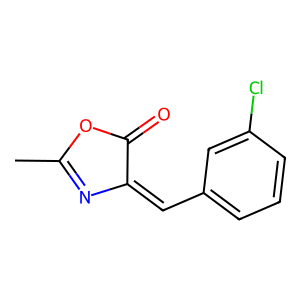
SMILES: CC1=NC(=Cc2cccc(Cl)c2)C(=O)O1
Inhibits HIV replication: No